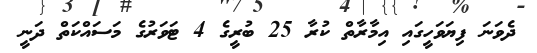
ދެވަނަ ފިޔަވަހީގައި އިމާރާތް ކުރާ 25 ބުރީގެ 4 ޓަވަރުގެ މަސައްކަތް ދަނީ